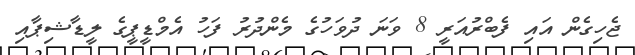
ޖެހިގެން އައި ފެބްރުއަރީ 8 ވަނަ ދުވަހުގެ މެންދުރު ފަހު އެމްޑީޕީގެ ލީޑާޝިޕާއި